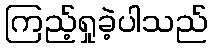
ကြည့်ရှုခဲ့ပါသည်